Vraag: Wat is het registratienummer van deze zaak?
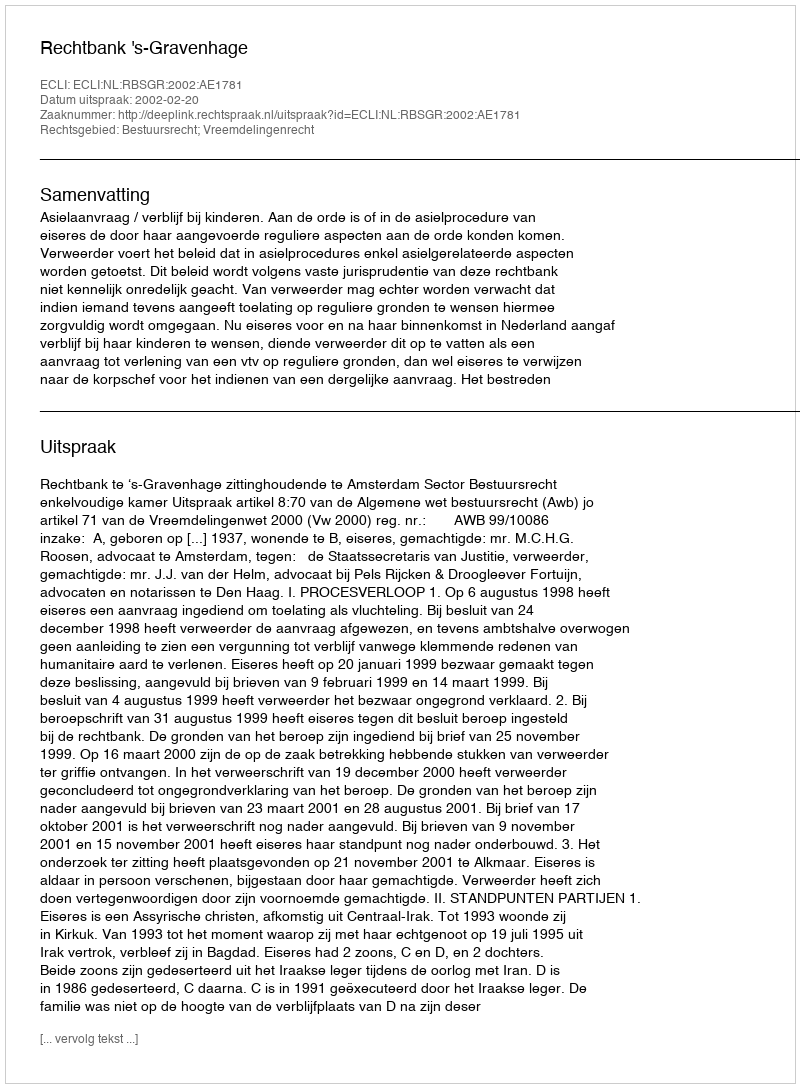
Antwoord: http://deeplink.rechtspraak.nl/uitspraak?id=ECLI:NL:RBSGR:2002:AE1781